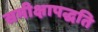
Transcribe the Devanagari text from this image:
समीक्षापद्धति